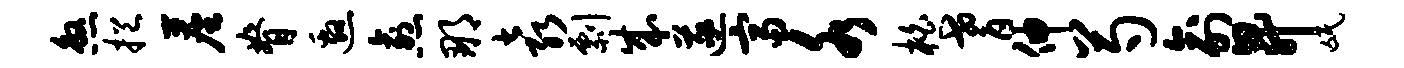
煞挹尘脊邀愈那袁剽成遂富水柏耆伸芍俞升氓